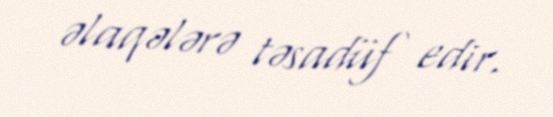
əlaqələrə təsadüf edir.